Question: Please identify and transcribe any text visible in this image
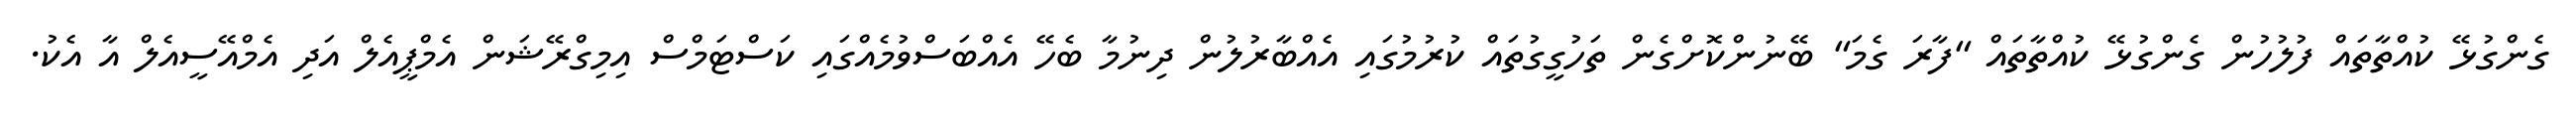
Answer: ގެންގުޅޭ ކުއްތާތައް ފުލުހުން ގެންގުޅޭ ކުއްތާތައް "ފާރަ ގެމަ" ބޭނުންކޮށްގެން ތަހުގީގުތައް ކުރުމުގައި އެއްބާރުލުން ދިނުމާ ބެހޭ އެއްބަސްވުމެއްގައި ކަސްޓަމްސް އިމިގްރޭޝަން އެމްޕީއެލް އަދި އެމްއޭސީއެލް އާ އެކު.